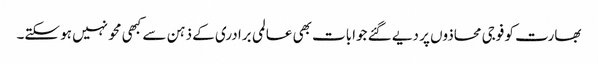
بھارت کو فوجی محاذوں پر دیے گئے جوابات بھی عالمی برادری کے ذہن سے کبھی محو نہیں ہو سکتے۔